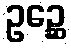
ဥဉ္ဆေ